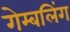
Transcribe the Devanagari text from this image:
गेम्बलिंग